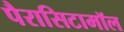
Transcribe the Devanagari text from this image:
पैरासिटामॉल